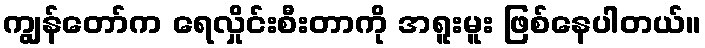
ကျွန်တော်က ရေလှိုင်းစီးတာကို အရူးမူး ဖြစ်နေပါတယ်။